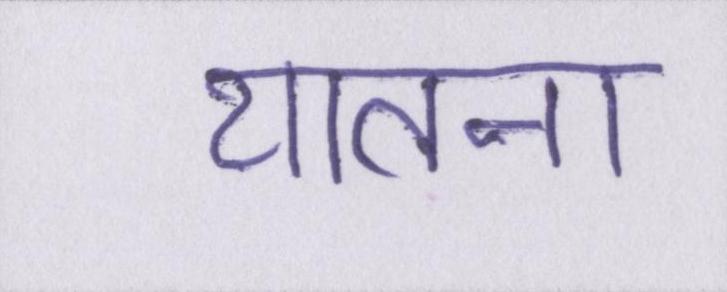
यातना